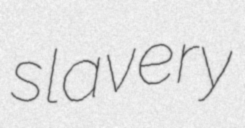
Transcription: slavery